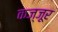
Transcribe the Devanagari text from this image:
कज्जूर